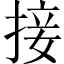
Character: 接